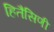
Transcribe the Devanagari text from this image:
हितैसिणी